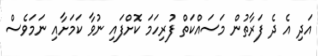
އަދި އެ ދެ ފަރާތުން މަސައްކަތް ފުރިހަމަ ކޮށްފައި ނުވާ ކަމަށާއި ނަމަވެސް